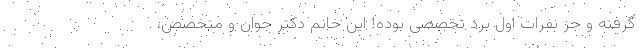
گرفته و جز نفرات اول برد تخصصی بوده! این خانم دکتر جوان و متخصص،